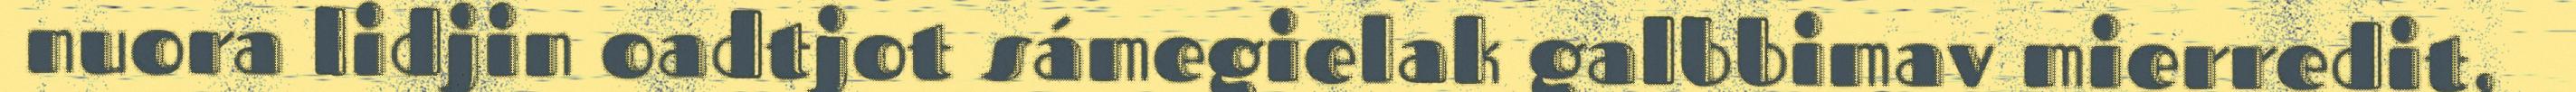
nuora lidjin oadtjot sámegielak galbbimav mierredit,